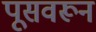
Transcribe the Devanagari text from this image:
पूसवरून